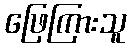
ဖြေကြားသူ